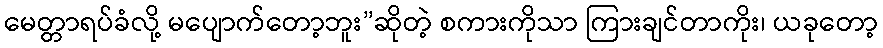
မေတ္တာရပ်ခံလို့ မပျောက်တော့ဘူး”ဆိုတဲ့ စကားကိုသာ ကြားချင်တာကိုး၊ ယခုတော့